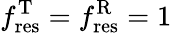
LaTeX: f_{\mathrm{res}}^{\mathrm{T}}=f_{\mathrm{res}}^{\mathrm{R}}=1